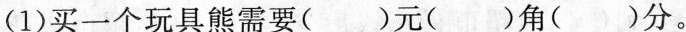
(1)买一个玩具熊需要()元()角()分。